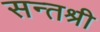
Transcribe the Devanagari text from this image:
सन्तश्री